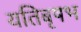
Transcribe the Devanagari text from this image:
यतिबृषभ